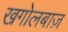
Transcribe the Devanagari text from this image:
खगोलबाज़